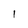
Character: l